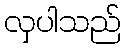
လှပါသည်